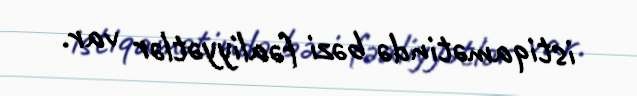
istiqamətində bəzi fəaliyyətlər var.